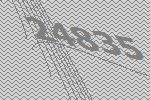
24835